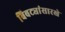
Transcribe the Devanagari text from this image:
बिबट्यांसारखे